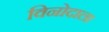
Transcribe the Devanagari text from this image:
विनोदाला